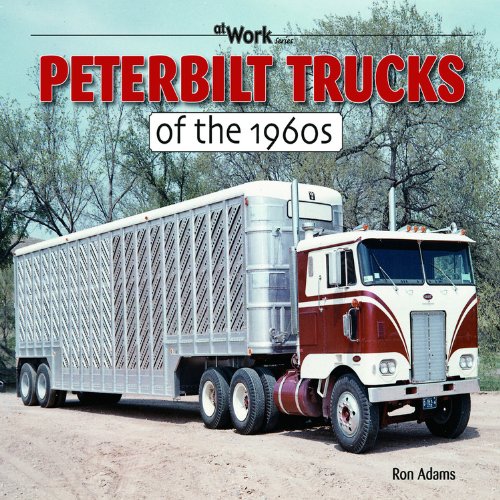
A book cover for Peterbilt Trucks of the 1960s (at Work); Ron Adams; Engineering & Transportation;